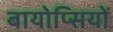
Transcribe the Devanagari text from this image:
बायोप्‍िसयों